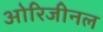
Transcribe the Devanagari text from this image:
ओरिजीनल